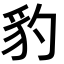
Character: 豹